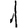
Digit: 1